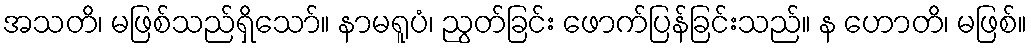
အသတိ၊ မဖြစ်သည်ရှိသော်။ နာမရူပံ၊ ညွတ်ခြင်း ဖောက်ပြန်ခြင်းသည်။ န ဟောတိ၊ မဖြစ်။